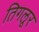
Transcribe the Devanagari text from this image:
तिगलूर